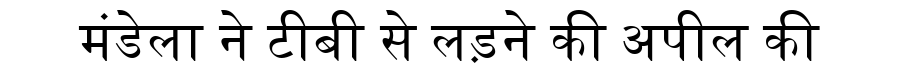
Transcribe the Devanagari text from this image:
मंडेला ने टीबी से लड़ने की अपील की